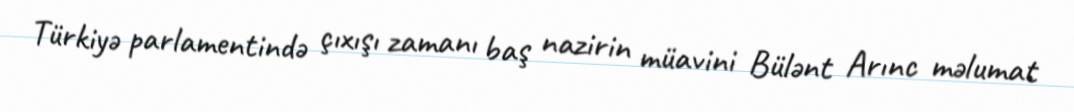
Türkiyə parlamentində çıxışı zamanı baş nazirin müavini Bülənt Arınc məlumat